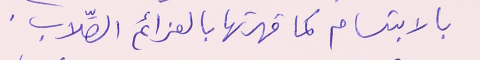
بالابتسام كما قهرتها بالعزائم الصِّلاب.